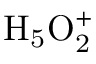
\mathrm { { H _ { 5 } O _ { 2 } ^ { + } } }